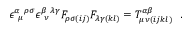
\epsilon _ { ~ \mu } ^ { \alpha ~ \rho \sigma } \epsilon _ { ~ \nu } ^ { \beta ~ \lambda \gamma } { \cal F } _ { \rho \sigma ( i j ) } { \cal F } _ { \lambda \gamma ( k l ) } = { \cal T } _ { \mu \nu ( i j k l ) } ^ { \alpha \beta } \ \ .